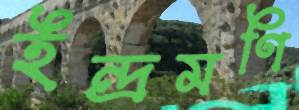
ইন্দ্রমণি